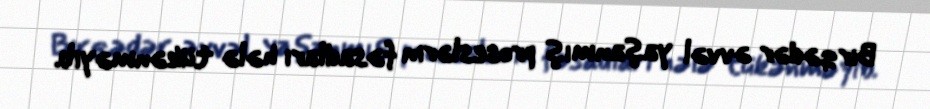
Bir qədər əvvəl yaşanmış proseslərin fəsadları hələ tükənməyib.